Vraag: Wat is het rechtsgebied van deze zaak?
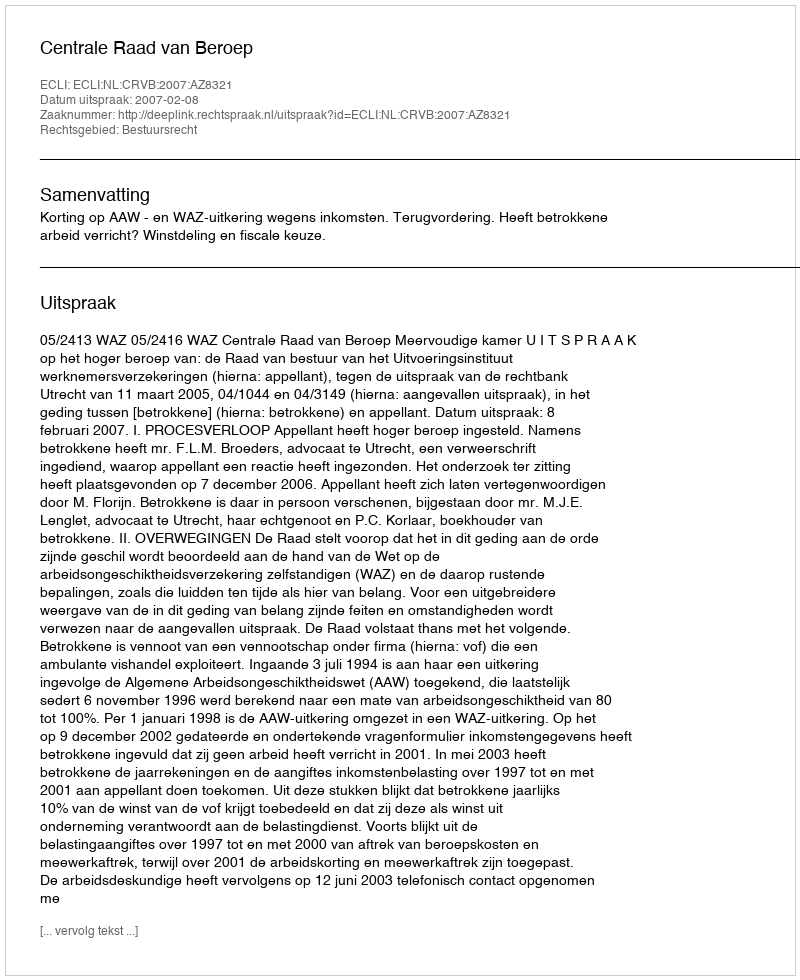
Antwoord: Bestuursrecht